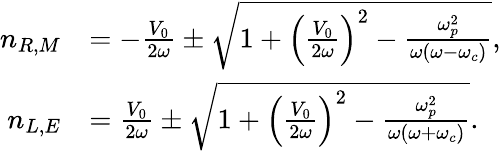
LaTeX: \begin{array}{rl}{n_{R,M}}&{=-\frac{V_{0}}{2\omega}\pm\sqrt{1+\left(\frac{V_{0}}{2\omega}\right)^{2}-\frac{\omega_{p}^{2}}{\omega(\omega-\omega_{c})}},}\\ {n_{L,E}}&{=\frac{V_{0}}{2\omega}\pm\sqrt{1+\left(\frac{V_{0}}{2\omega}\right)^{2}-\frac{\omega_{p}^{2}}{\omega(\omega+\omega_{c})}}.}\end{array}